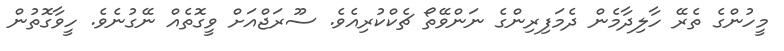
މީހުންގެ ތެރޭ ހާލިދާމެން ދެމަފިރިންގެ ނަންވޭތޯ ޗެކްކުރިއެވެ. ސޫރަޖްއަށް ވީގޮތެއް ނޭގުނެވެ. ހީވާގޮތުން